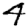
Digit: 4